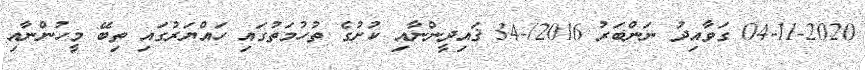
04-11-2020 ގަވާއިދު ނަންބަރު 2016/-34 ޤައިދީންނާއި ކުށުގެ ތުހުމަތުގައި ހައްޔަރުގައި ތިބޭ މީހުންނާއި